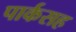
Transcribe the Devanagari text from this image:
पार्कसह